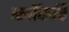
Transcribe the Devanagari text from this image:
ब्लॉकचि